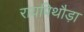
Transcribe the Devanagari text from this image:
रायपिथौड़ा